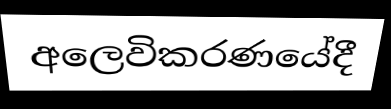
අලෙවිකරණයේදී